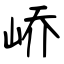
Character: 峤